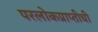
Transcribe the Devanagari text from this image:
परलोकप्राप्तीची